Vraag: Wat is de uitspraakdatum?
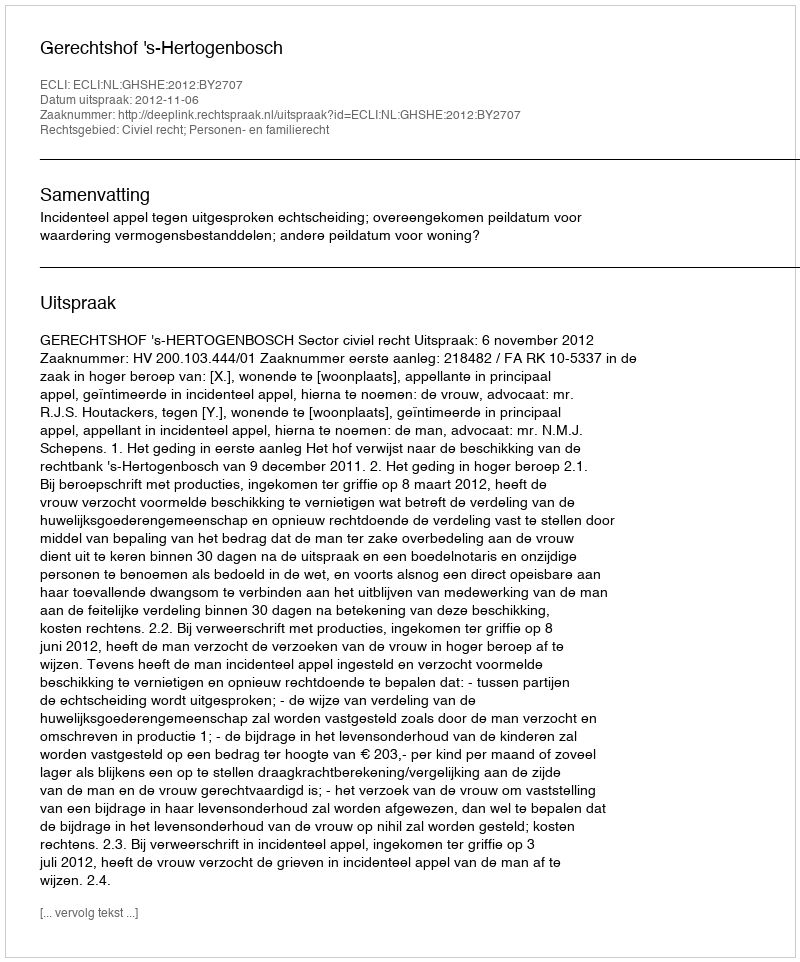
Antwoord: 2012-11-06